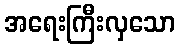
အရေးကြီးလှသော